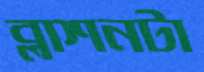
ব্লাশনটা